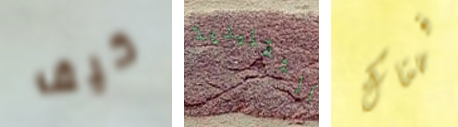
كيف التقليدية فهناك